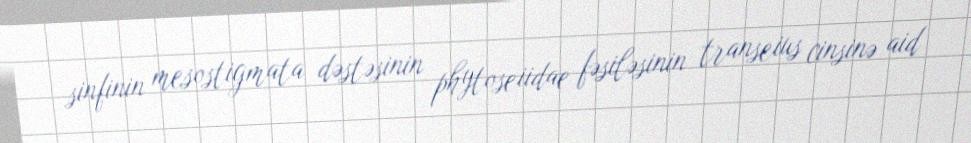
sinfinin mesostigmata dəstəsinin phytoseiidae fəsiləsinin transeius cinsinə aid